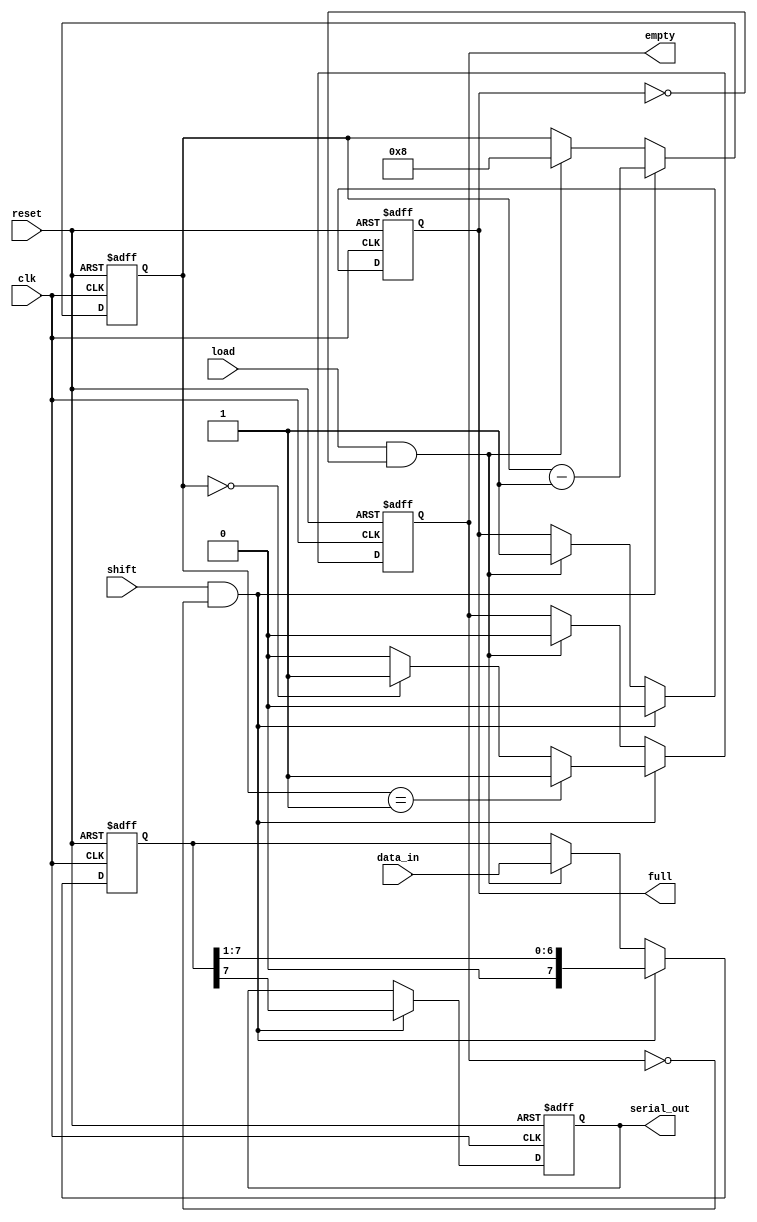
module fifo_piso #(
    parameter DEPTH = 8 // Configurable FIFO depth
) (
    input wire clk,
    input wire reset,
    input wire load,          // Load signal
    input wire shift,         // Shift signal
    input wire [DEPTH-1:0] data_in, // Parallel input data
    output reg serial_out,    // Serial output
    output reg empty,         // Empty flag
    output reg full           // Full flag
);

    reg [DEPTH-1:0] fifo; // Array to hold the data
    reg [3:0] count;      // Count of the number of entries in FIFO

    // Asynchronous reset logic
    always @(posedge clk or posedge reset) begin
        if (reset) begin
            fifo <= 0;
            count <= 0;
            serial_out <= 0;
            empty <= 1;
            full <= 0;
        end else begin
            // Load data into FIFO
            if (load && !full) begin
                fifo <= data_in; // Load new data
                count <= DEPTH;  // FIFO is full after load
                empty <= 0;      // FIFO is not empty
                full <= 1;       // FIFO is full
            end
            
            // Shift out serially
            if (shift && !empty) begin
                serial_out <= fifo[DEPTH-1]; // Output the MSB
                fifo <= {1'b0, fifo[DEPTH-1:1]}; // Shift left
                count <= count - 1; // Decrement count

                // Update empty/full flags
                if (count == 1) begin
                    empty <= 1;    // FIFO is empty after this shift
                    full <= 0;     // FIFO is not full
                end else if (count == 0) begin
                    empty <= 1;    // FIFO is empty
                    full <= 0;     // FIFO is not full
                end else begin
                    empty <= 0;    // FIFO is not empty
                    full <= 0;     // FIFO is not full
                end
            end
        end
    end
    
    // Initial conditions
    initial begin
        fifo = 0;
        count = 0;
        serial_out = 0;
        empty = 1;
        full = 0;
    end

endmodule